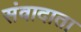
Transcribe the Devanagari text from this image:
संवादाता